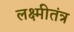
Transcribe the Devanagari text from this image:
लक्ष्मीतंत्र